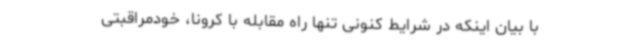
با بیان اینکه در شرایط کنونی تنها راه مقابله با کرونا، خودمراقبتی